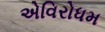
એવિરોધમ